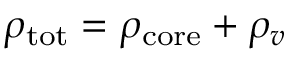
\rho _ { \mathrm { t o t } } = \rho _ { \mathrm { c o r e } } + \rho _ { v }